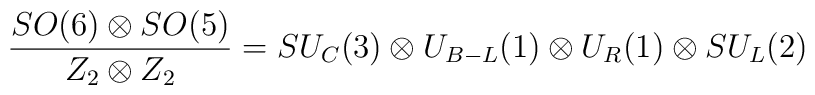
\frac{SO(6) \otimes SO(5)}{Z_2 \otimes Z_2}=SU_C(3)\otimes U_{B-L}(1)\otimes U_R(1) \otimes SU_L(2)